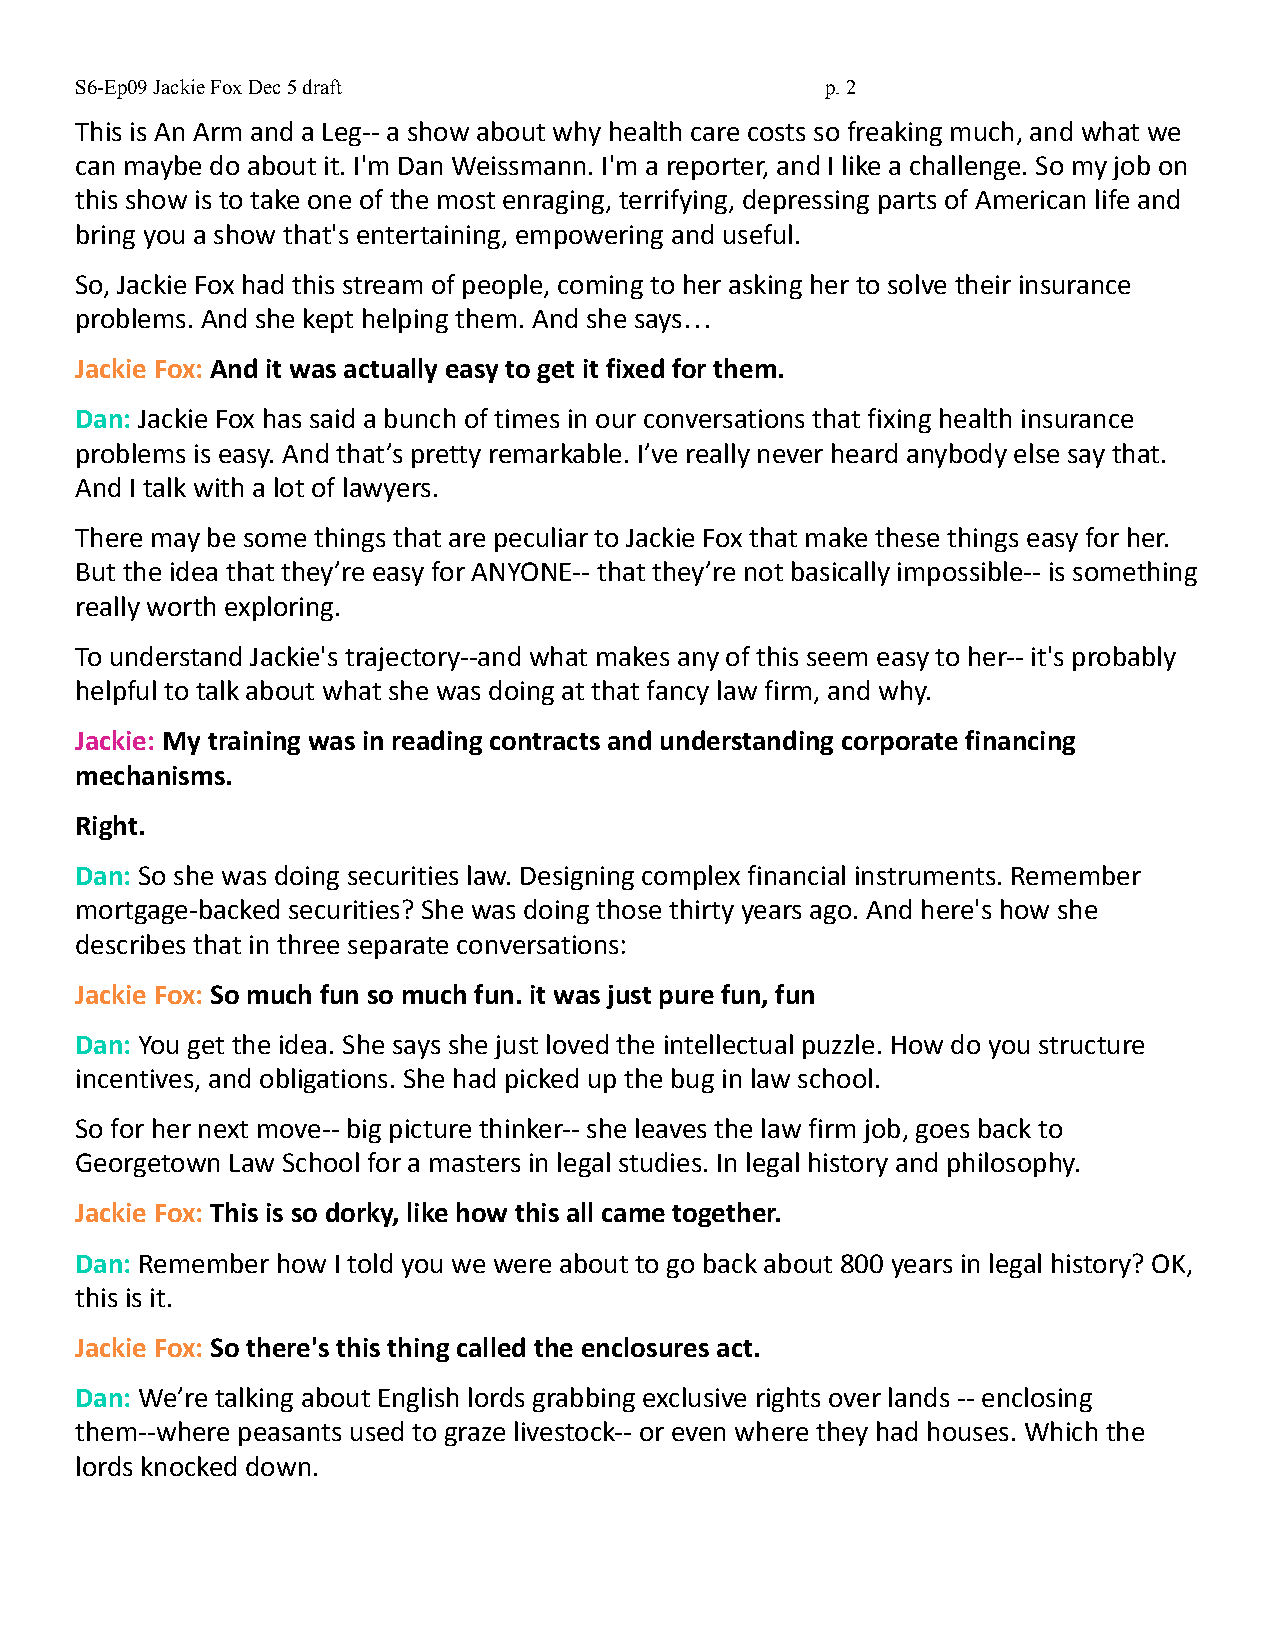
S6-Ep09 Jackie Fox Dec 5 draft                    p.2
 This is An Arm and a Leg-- a show about why health care costs so freaking much, and what we
 can maybe do about it. I'm Dan Weissmann. I'm a reporter, and I like a challenge. So my job on
 this show is to take one of the most enraging, terrifying, depressing parts of American life and
 bring you a show that's entertaining, empowering and useful.
 So, Jackie Fox had this stream of people, coming to her asking her to solve their insurance
 problems. And she kept helping them. And she says…
 Jackie Fox: And it was actually easy to get it fixed for them.
 Dan: Jackie Fox has said a bunch of times in our conversations that fixing health insurance
 problems is easy. And that’s pretty remarkable. I’ve really never heard anybody else say that.
 And I talk with a lot of lawyers.
 There may be some things that are peculiar to Jackie Fox that make these things easy for her.
 But the idea that they’re easy for ANYONE-- that they’re not basically impossible-- is something
 really worth exploring.
 To understand Jackie's trajectory--and what makes any of this seem easy to her-- it's probably
 helpful to talk about what she was doing at that fancy law firm, and why.
 Jackie: My training was in reading contracts and understanding corporate financing
 mechanisms.
 Right.
 Dan: So she was doing securities law. Designing complex financial instruments. Remember
 mortgage-backed securities? She was doing those thirty years ago. And here's how she
 describes that in three separate conversations:
 Jackie Fox: So much fun so much fun. it was just pure fun, fun
 Dan: You get the idea. She says she just loved the intellectual puzzle. How do you structure
 incentives, and obligations. She had picked up the bug in law school.
 So for her next move-- big picture thinker-- she leaves the law firm job, goes back to
 Georgetown Law School for a masters in legal studies. In legal history and philosophy.
 Jackie Fox: This is so dorky, like how this all came together.
 Dan: Remember how I told you we were about to go back about 800 years in legal history? OK,
 this is it.
 Jackie Fox: So there's this thing called the enclosures act.
 Dan: We’re talking about English lords grabbing exclusive rights over lands -- enclosing
 them--where peasants used to graze livestock-- or even where they had houses. Which the
 lords knocked down.